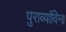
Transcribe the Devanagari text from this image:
पुराव्यांविना